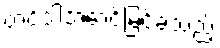
တင်ဒါအောင်မြင်ခဲ့သည့်